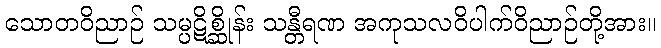
သောတဝိညာဉ် သမ္ပဋိစ္ဆိုန်း သန္တီရဏ အကုသလဝိပါက်ဝိညာဉ်တို့အား။